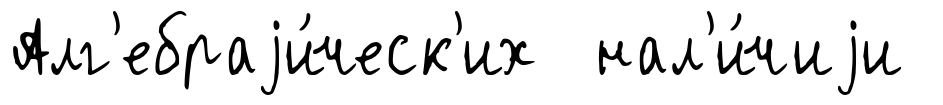
Алг'ебраjи́ческ'их нал'и́чиjи